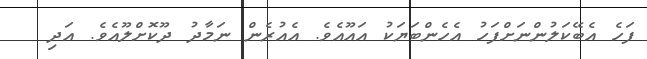
ފަހެ އެބޭކަލުންނަށްފަހު އެހެންބަޔަކު އައޫއެވެ. އެއުރެން ނަމާދު ދޫކޮށްލޫއެވެ. އަދި